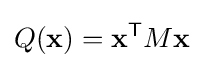
Q(\mathbf {x} )=\mathbf {x} ^{\mathsf {T}}M\mathbf {x}